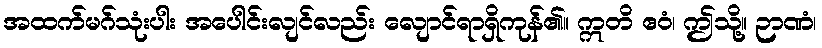
အထက်မဂ်သုံးပါး အပေါင်းလျင်လည်း လျောင်ရာရှိကုန်၏။ ဣတိ ဧဝံ၊ ဤသို့။ ဉာဏံ၊